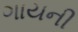
ગાયની